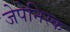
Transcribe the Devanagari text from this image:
जेपेनिस्क